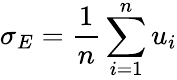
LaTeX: \sigma_{E}=\frac{1}{n}\sum_{i=1}^{n}u_{i}